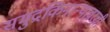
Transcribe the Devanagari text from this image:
समुद्रकिनार्‍यावरची